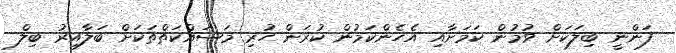
ފަންނީ ބިލަކަށް ވުމުން ކަމަށާއި އެހެންކަމުން ކުރަން ހުރި މަސައްކަތްތަކަށް ބަލާއިރު ބިލް